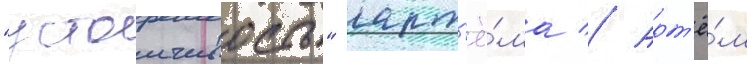
"устоичивость" арт'ё́ма // Арт'ё́м